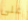
على